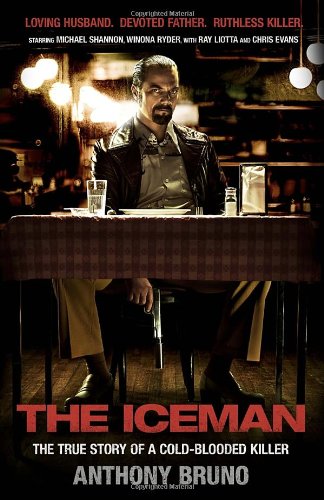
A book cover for The Iceman: The True Story of a Cold-Blooded Killer; Anthony Bruno; Biographies & Memoirs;